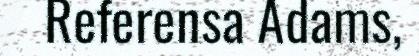
Referensa Adams,